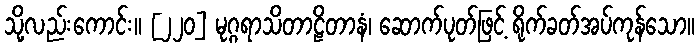
သို့လည်းကောင်း။ [၂၂၀] မုဂ္ဂရာသိတာဠိတာနံ၊ ဆောက်ပုတ်ဖြင့် ရိုက်ခတ်အပ်ကုန်သော။